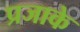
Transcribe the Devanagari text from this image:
प्रजाके